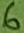
Text: 6